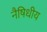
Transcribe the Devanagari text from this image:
नैषिधीय